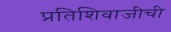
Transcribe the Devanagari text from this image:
प्रतिशिवाजीची